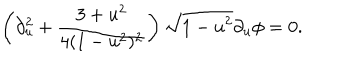
LaTeX: \left( \partial _ { u } ^ { 2 } + { \frac { 3 + u ^ { 2 } } { 4 ( 1 - u ^ { 2 } ) ^ { 2 } } } \right) \sqrt { 1 - u ^ { 2 } } \partial _ { u } \phi = 0 .